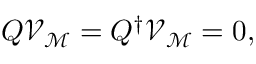
Q { \mathcal V } _ { \mathcal M } = Q ^ { \dagger } { \mathcal V } _ { \mathcal M } = 0 ,